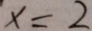
x = 2